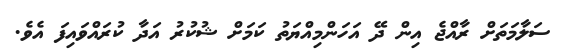
ސަލާމަތަށް ރާއްޖެ އިން ދޭ އަހަންމިއްޔަތު ކަމަށް ޝުކުރު އަދާ ކުރައްވައިފަ އެވެ.